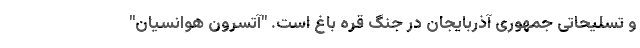
و تسلیحاتی جمهوری آذربایجان در جنگ قره باغ است. "آتسرون هوانسیان"